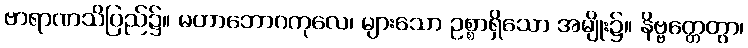
ဗာရာဏသိပြည်၌။ မဟာဘောဂကုလေ၊ များသော ဥစ္စာရှိသော အမျိုး၌။ နိဗ္ဗတ္တေတွာ၊